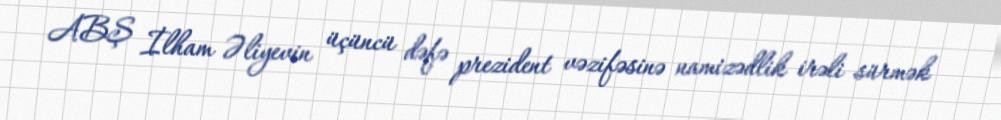
ABŞ İlham Əliyevin üçüncü dəfə prezident vəzifəsinə namizədlik irəli sürmək